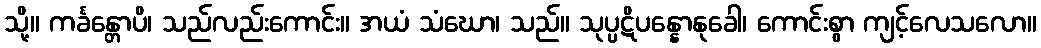
သို့။ ကင်္ခန္တောပိ၊ သည်လည်းကောင်း။ အယံ သံဃော၊ သည်။ သုပ္ပဋိပန္နောနုခေါ၊ ကောင်းစွာ ကျင့်လေသလော။